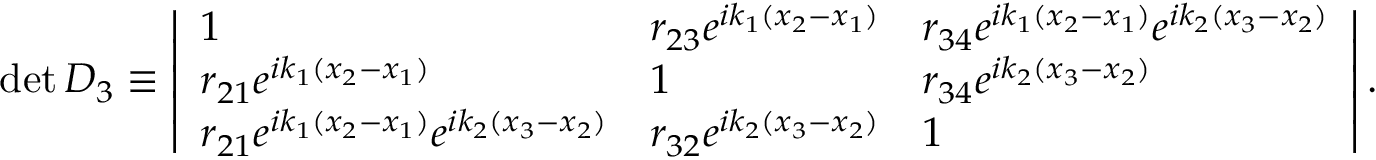
\begin{array} { r } { \operatorname* { d e t } D _ { 3 } \equiv \left| \begin{array} { l l l } { 1 } & { r _ { 2 3 } e ^ { i k _ { 1 } ( x _ { 2 } - x _ { 1 } ) } } & { r _ { 3 4 } e ^ { i k _ { 1 } ( x _ { 2 } - x _ { 1 } ) } e ^ { i k _ { 2 } ( x _ { 3 } - x _ { 2 } ) } } \\ { r _ { 2 1 } e ^ { i k _ { 1 } ( x _ { 2 } - x _ { 1 } ) } } & { 1 } & { r _ { 3 4 } e ^ { i k _ { 2 } ( x _ { 3 } - x _ { 2 } ) } } \\ { r _ { 2 1 } e ^ { i k _ { 1 } ( x _ { 2 } - x _ { 1 } ) } e ^ { i k _ { 2 } ( x _ { 3 } - x _ { 2 } ) } } & { r _ { 3 2 } e ^ { i k _ { 2 } ( x _ { 3 } - x _ { 2 } ) } } & { 1 } \end{array} \right| . } \end{array}